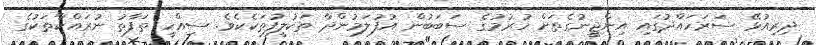
ދިރިއުޅޭ ސަރަހައްދުގައި އިންޖީނުގެތަށް ހުރުމުގެ ސަބަބުން އުފުލަމުންދާ ތަކުލީފުތަކެކެވެ. ސިއްހީ ތަފާތު ނުރައްކާތަކުގެ